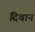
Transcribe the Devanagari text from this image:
दिचान